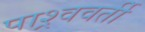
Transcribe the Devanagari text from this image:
पाश्र्ववर्ती